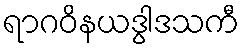
ရာဂဝိနယဒွါဒသကီ